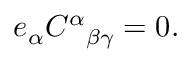
e _ { \alpha } C ^ { \alpha } { } _ { \beta \gamma } = 0 .